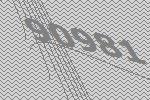
90981